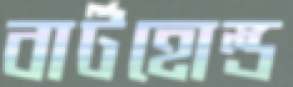
বার্টহোল্ড